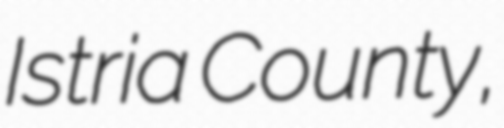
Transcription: Istria County,